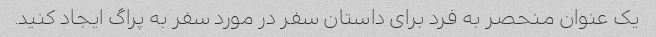
یک عنوان منحصر به فرد برای داستان سفر در مورد سفر به پراگ ایجاد کنید.